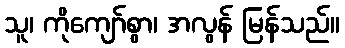
သူ၊ ကိုကျော်စွာ၊ အလွန် မြန်သည်။